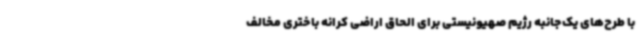
با طرح‌های یک‌جانبه رژیم صهیونیستی برای الحاق اراضی کرانه باختری مخالف